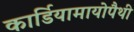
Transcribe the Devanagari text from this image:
कार्डियामायोपैथी